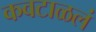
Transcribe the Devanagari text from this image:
कवटाळलं